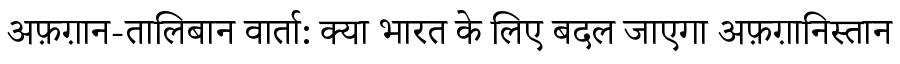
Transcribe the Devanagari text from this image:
अफ़ग़ान-तालिबान वार्ता: क्या भारत के लिए बदल जाएगा अफ़ग़ानिस्तान